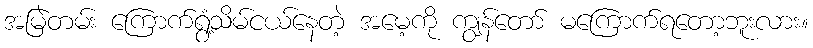
အမြဲတမ်း ကြောက်ရွံ့သိမ်ငယ်နေတဲ့ အမေ့ကို ကျွန်တော် မကြောက်ရတော့ဘူးလား။